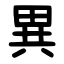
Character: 異